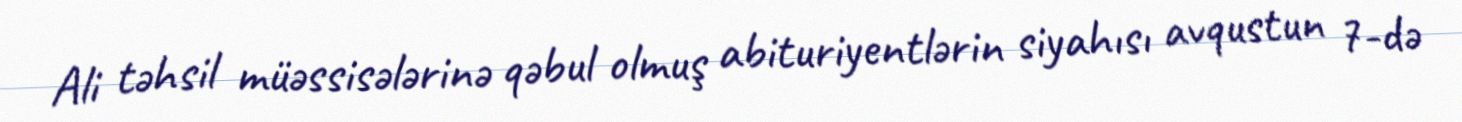
Ali təhsil müəssisələrinə qəbul olmuş abituriyentlərin siyahısı avqustun 7-də